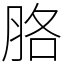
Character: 胳